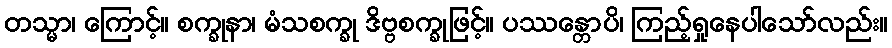
တသ္မာ၊ ကြောင့်။ စက္ခုနာ၊ မံသစက္ခု ဒိဗ္ဗစက္ခုဖြင့်။ ပဿန္တောပိ၊ ကြည့်ရှုနေပါသော်လည်း။